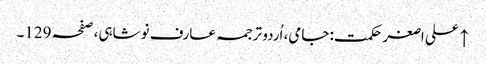
↑ علی اصغر حکمت: جامی، اُردو ترجمہ عارف نوشاہی، صفحہ 129۔